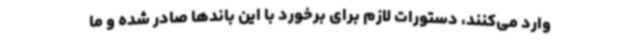
وارد می‌کنند، دستورات لازم برای برخورد با این باندها صادر شده و ما